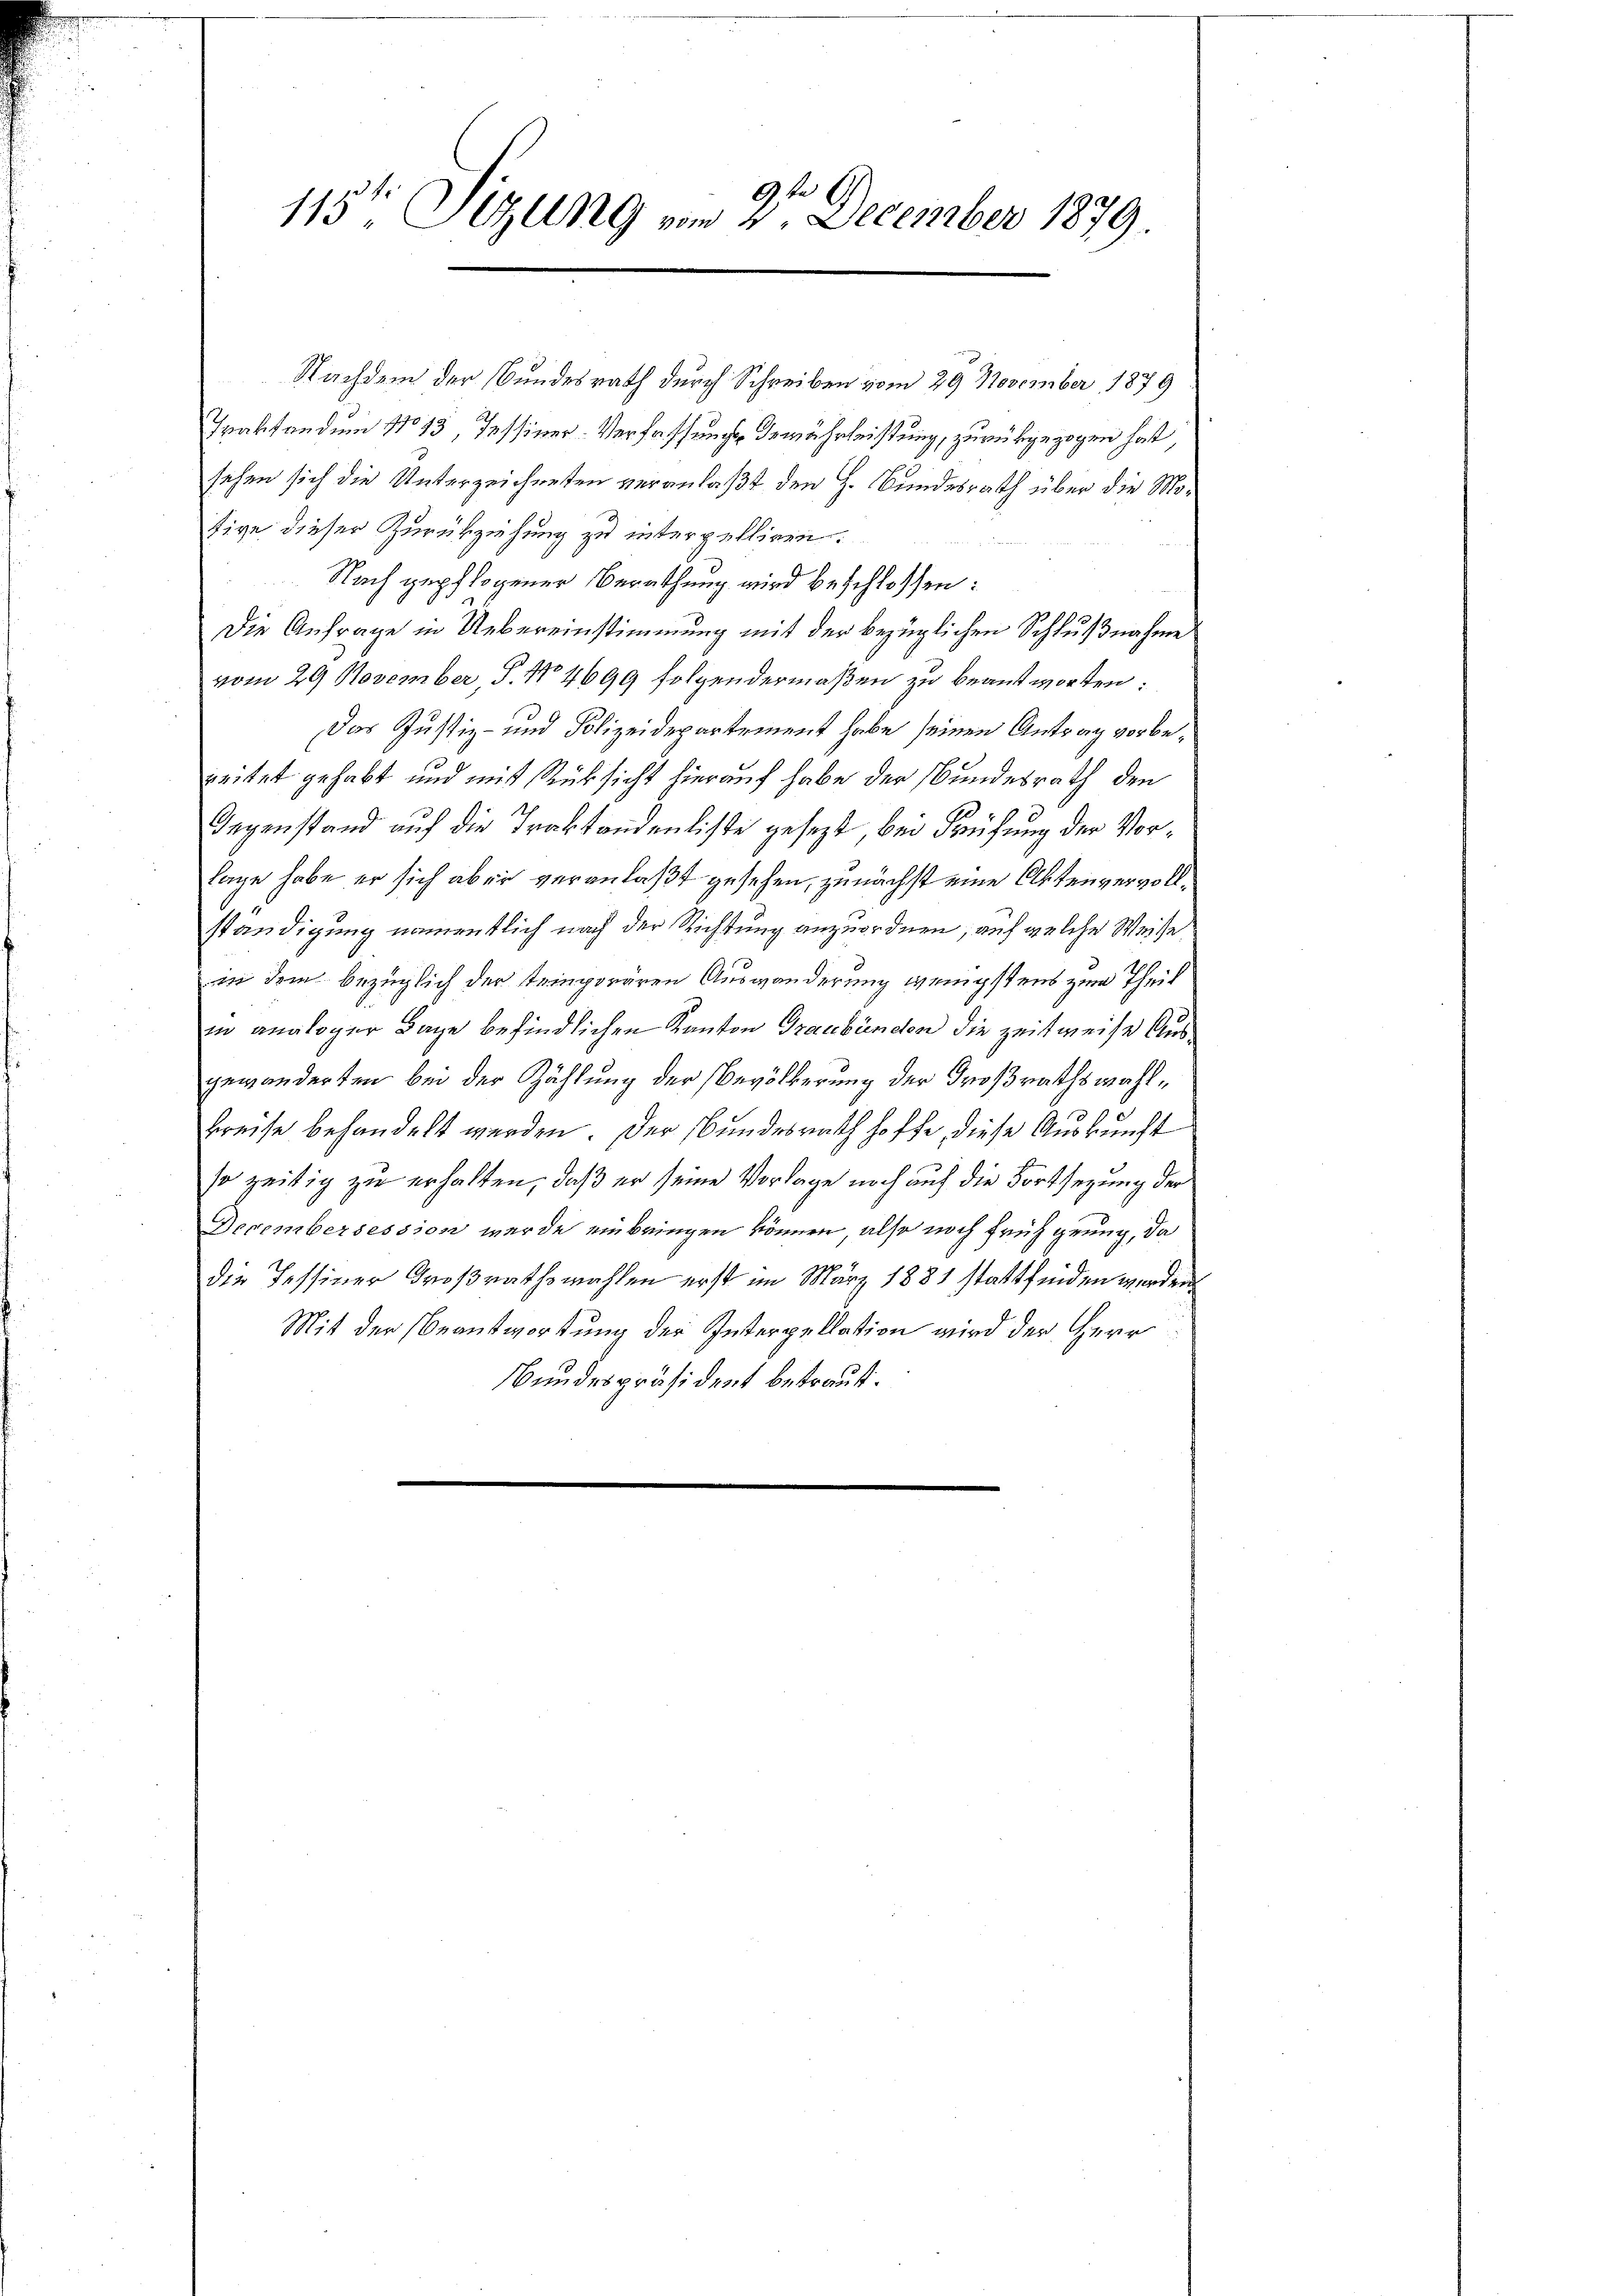
115ten Sizung vom 2. December 1879.

Nachdem der Bundesrath durch Schreiben vom 29 November 1879
Traktanden 1113, Tessiner Verfassung Gewährleistung, zurückgezogen hat,
sehen sich die Unterzeichneten veranlaßt den H. Bundesrath über die Motive dieser Zurückziehung zu interpelliren.
Nach gepflogener Berathung wird beschlossen:
Die Anfrage in Uebereinstimmung mit der bezüglichen Schlußnahme
vom 29 November, S. No 4699 folgendermaßen zu beantworten:
Das Justiz- und Polizeidepartement habe seinen Antrag vorbezeitet gehabt und mit Rücksicht hierauf habe der Bundesrath den
Gegenstand auf die Traktandenliste gesezt, bei Prüfung der Vorlage habe er sich aber veranlaßt gesehen, zunächst eine Aktenvervollständigung namentlich nach der Richtung anzuordnen, auf welche Weise
in dem bezüglich der temporären Auswanderung wenigstens zum Theil
in analoger Tage befindlichen Kanton Graubünden die zeitweise Ausgewänderten bei der Zählung der Bevölkerung der Großrathswahl¬
Breise behandelt werden. Der Bundesrath hoffe, diese Auskunft
so zeitig zu erhalten, daß er seine Vorlage noch auf die Fortsezung der
Decembersession werde einbringen können, also noch früh gerung, da
die Tessiner Großrathswahlen erst im März 1881 stattfinden werden.
Mit der Beantwortung der Interpellation wird der Herr
Bundespräsident betraut.
e